Physiological action of certain drugs in tablet form - Number 52A
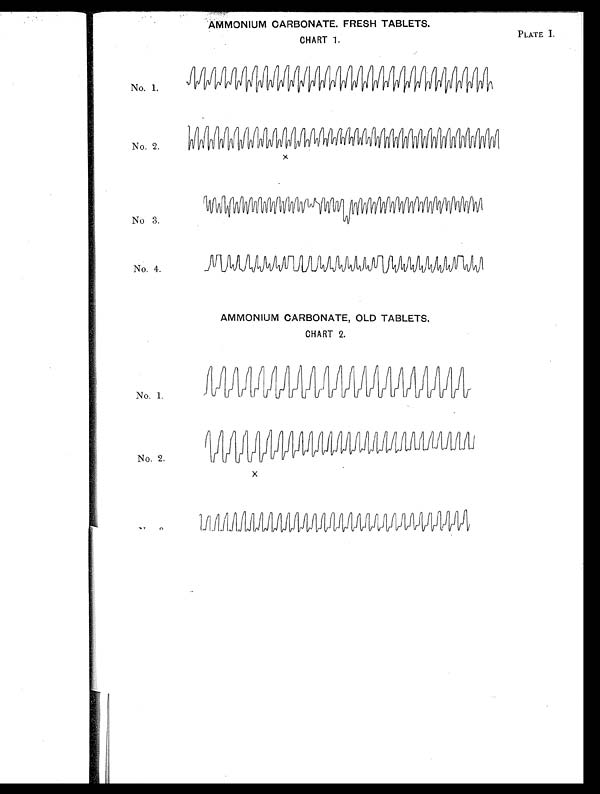
AMMONIUM CARBONATE. FRESH TABLETS.
PLATE I.
CHART 1.
No. 1.
No. 2.
No 3.
No. 4.
AMMONIUM CARBONATE, OLD TABLETS.
CHART 2.
No. 1.
No. 2.